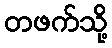
တဖက်သို့